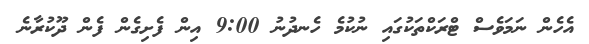
އެހެން ނަމަވެސް ޓްރަކްތަކުގައި ނުކުމެ ހެނދުނު 9:00 އިން ފެށިގެން ފެން ދޫކުރާނެ